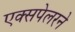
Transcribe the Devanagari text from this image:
एक्सपेलरने